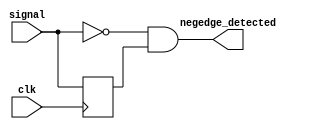
module negedge_detector (
    input wire clk,
    input wire signal,
    output wire negedge_detected
);
    reg signal_prev;

    always @(posedge clk) begin
        signal_prev <= signal;
    end

    assign negedge_detected = (signal == 1'b0) && (signal_prev == 1'b1);
endmodule